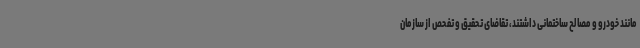
مانند خودرو و مصالح ساختمانی داشتند، تقاضای تحقیق و تفحص از سازمان